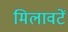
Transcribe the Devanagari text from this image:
मिलावटें